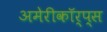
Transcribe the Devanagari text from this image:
अमेरीकॉर्प्स